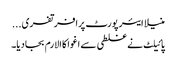
منیلا ایئر پورٹ پرافرتفری...
پائیلٹ نے غلطی سے اغوا کا الارم بجادیا۔